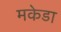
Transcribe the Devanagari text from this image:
मकेडा